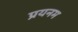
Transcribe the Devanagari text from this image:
प्रयनम